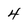
Character: 4